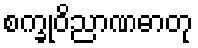
စက္ခုဝိညာဏဓာတု